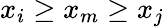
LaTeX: x_{i}\geq x_{m}\geq x_{j}